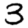
Digit: 3